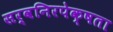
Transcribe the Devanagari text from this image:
सर्वनिरपेक्षता